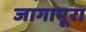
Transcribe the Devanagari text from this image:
जागापूरा